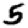
Digit: 5